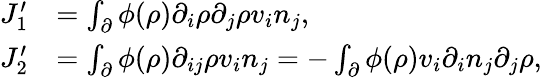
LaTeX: \begin{array}{rl}{J_{1}^{\prime}}&{=\int_{\partial}\phi(\rho)\partial_{i}\rho\partial_{j}\rho v_{i}n_{j},}\\ {J_{2}^{\prime}}&{=\int_{\partial}\phi(\rho)\partial_{ij}\rho v_{i}n_{j}=-\int_{\partial}\phi(\rho)v_{i}\partial_{i}n_{j}\partial_{j}\rho,}\end{array}